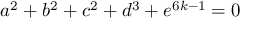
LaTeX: a ^ { 2 } + b ^ { 2 } + c ^ { 2 } + d ^ { 3 } + e ^ { 6 k - 1 } = 0